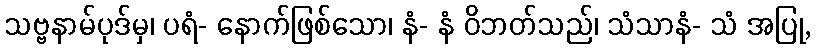
သဗ္ဗနာမ်ပုဒ်မှ၊ ပရံ- နောက်ဖြစ်သော၊ နံ- နံ ဝိဘတ်သည်၊ သံသာနံ- သံ အပြု,